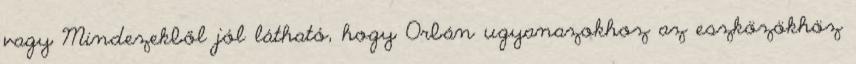
vagy Mindezekből jól látható, hogy Orbán ugyanazokhoz az eszközökhöz